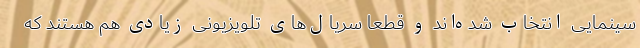
سینمایی انتخاب شده‌اند و قطعا سریال‌های تلویزیونی زیادی هم هستند که